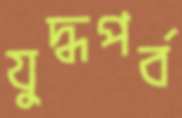
যুদ্ধপর্ব